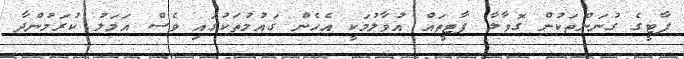
ޕާޓީގެ ގުނަންތަކުން ގޮވާލާ ޕާޓީތައް އުވާލުމަކީ އެހެން ގައުމުތަކުގައި ވެސް އަމަލު ކުރަމުންދާ